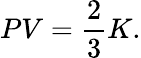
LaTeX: \displaystyle PV={\frac{2}{3}}K.